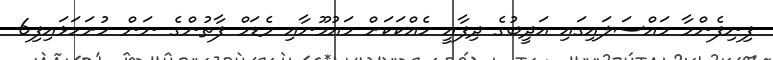
ފިނިފެންމާ މައްސަލައިގައި އަދީބުގެ ދިފާއީ ހެއްކަކަށް މައުމޫނާއި މެޑަމް ފާތުންގެ ނަން ހުށަހަޅައިފި6